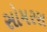
સોમરસ